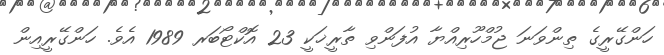
ހަންގޭރީގެ ތިންވަނަ ޖުމްހޫރިއްޔާ އުފަންވި ތާރީޚަކީ 23 އޮކްޓޯބަރ 1989 އެވެ. ހަންގޭރީއިން